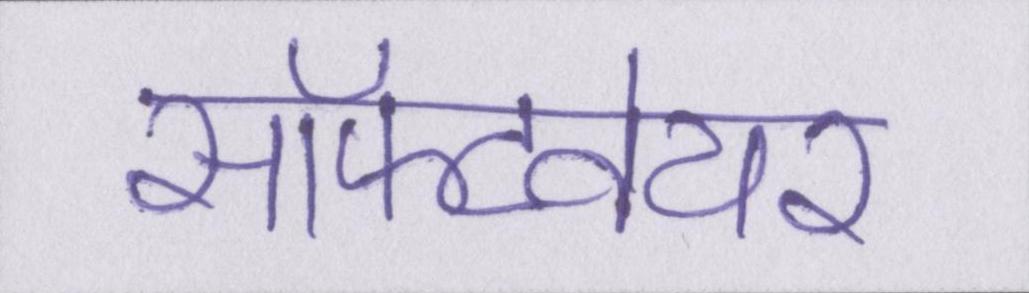
सॉफ्टवेयर